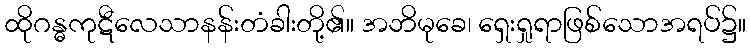
ထိုဂန္ဓကုဋီလေသာနန်းတံခါးတို့၏။ အဘိမုခေ၊ ရှေးရှုရာဖြစ်သောအရပ်၌။